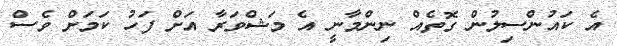
އެ ކައުންސިލުން ގޮތެއް ނިންމާނީ އެ މަޝްވަރާ އަށް ފަހު ކަމަށް ވެސް